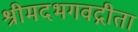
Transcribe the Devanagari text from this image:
श्रीमदभगवद्गीता